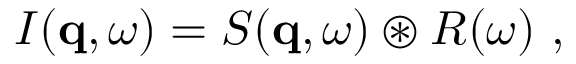
\begin{array} { r } { I ( \mathbf { q } , \omega ) = S ( \mathbf { q } , \omega ) \circledast R ( \omega ) \ , } \end{array}